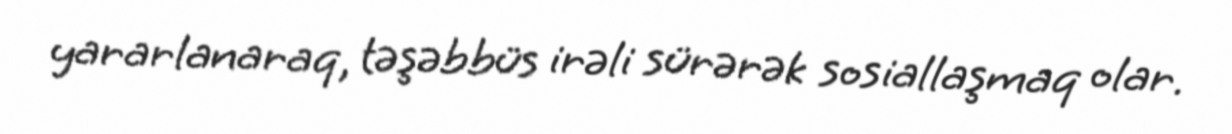
yararlanaraq, təşəbbüs irəli sürərək sosiallaşmaq olar.